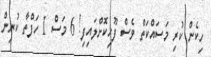
ހިކެން ކުރި މަސައްކަތް ވެސް ފޫހިކޮށްލައިފި! 6 މަސް 1 ހަފްތާ ކުރިން